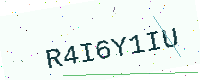
Text: R4I6Y1IU